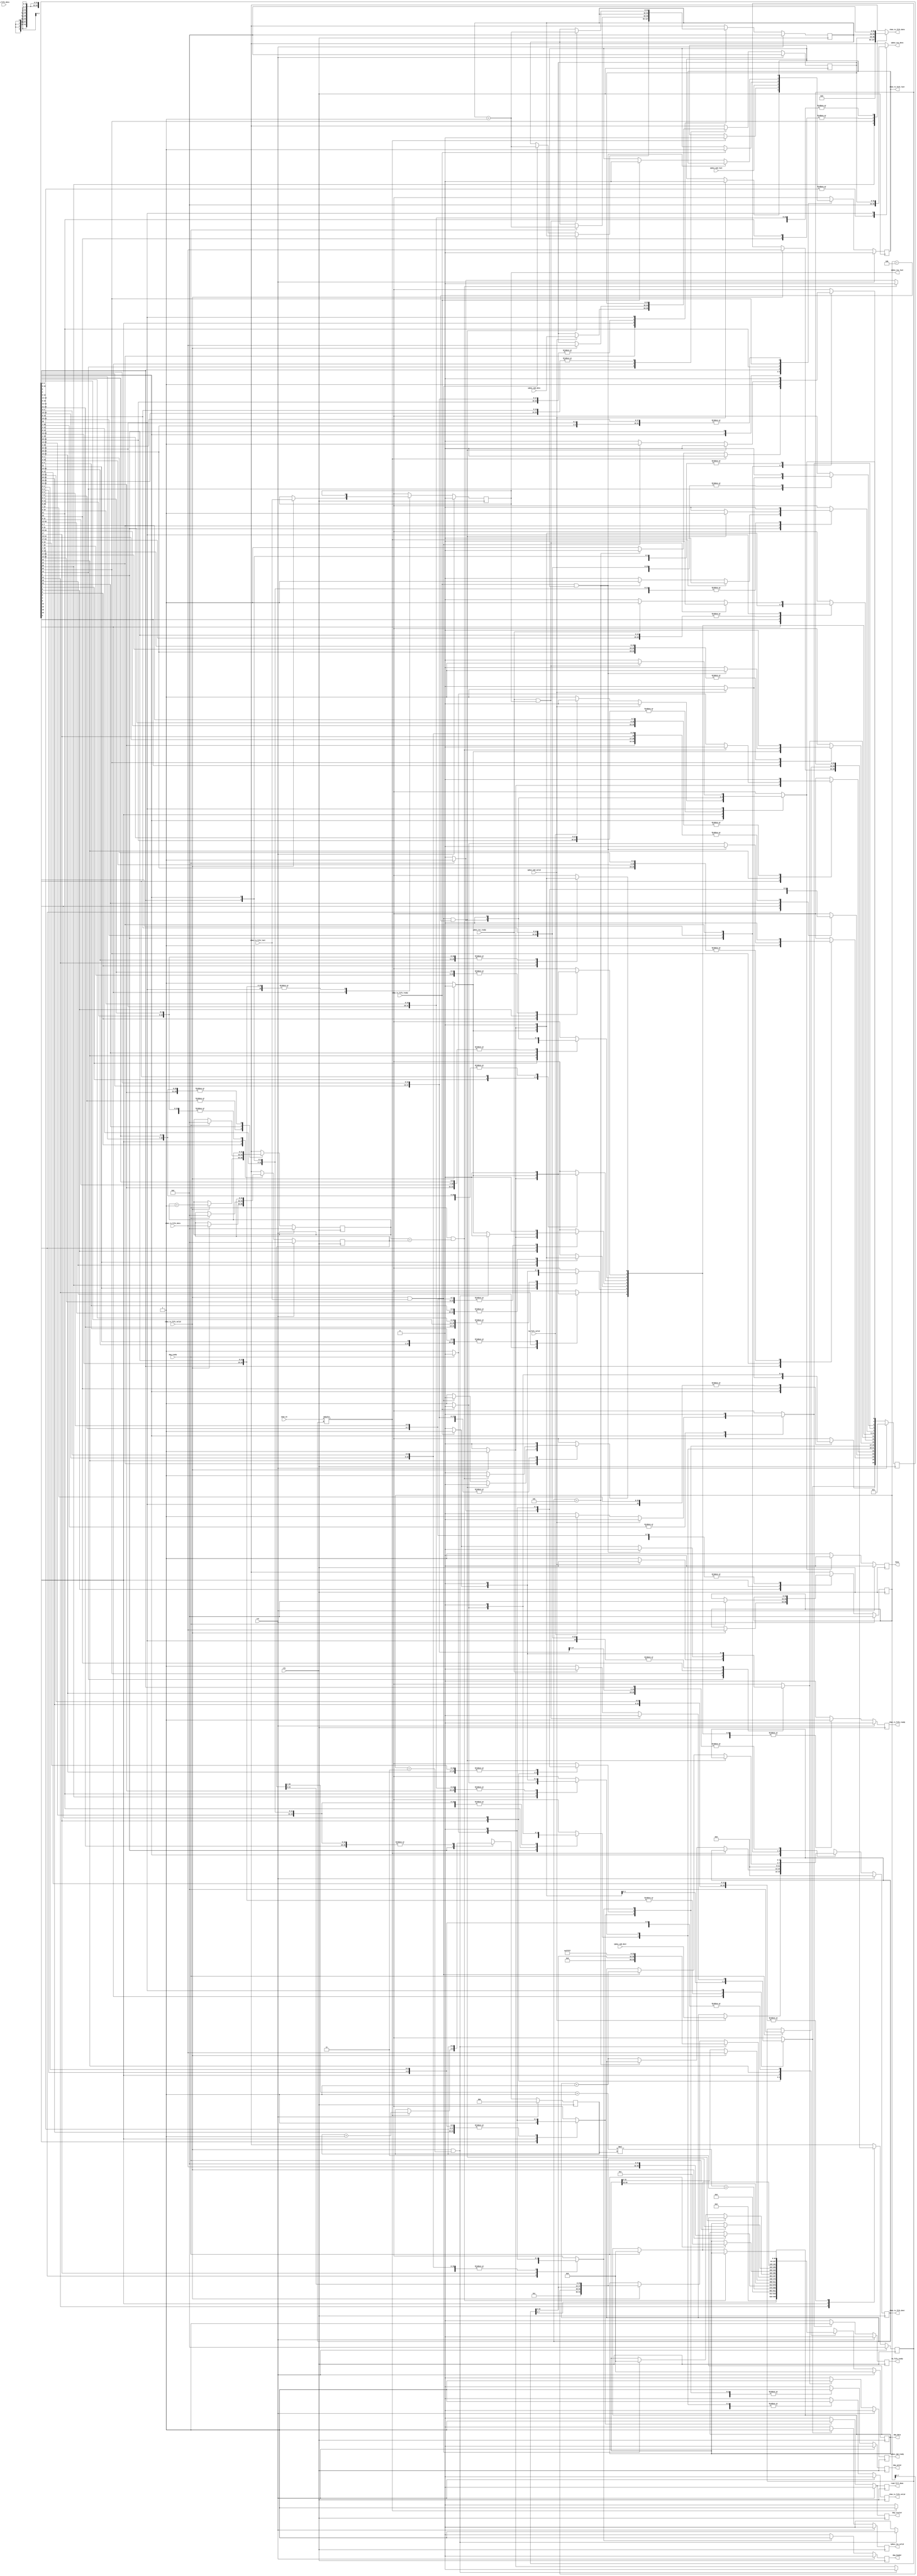
module commandManager (
  output reg busy,
  output reg chan_rx_fifo_ready,
  output reg [31:0] chan_tx_fifo_data,
  output reg [3:0] chan_tx_fifo_dest,
  output reg chan_tx_fifo_last,
  output reg chan_tx_fifo_valid,
  output reg [63:0] daq_data,
  output reg daq_header,
  output reg daq_trailer,
  output reg daq_valid,
  output reg ipbus_cmd_ready,
  output reg [31:0] ipbus_res_data,
  output reg ipbus_res_last,
  output reg ipbus_res_valid,
  output reg read_fill_done,
  output reg tm_fifo_ready,
  input wire [4:0] chan_en,
  input wire [31:0] chan_rx_fifo_data,
  input wire chan_rx_fifo_last,
  input wire chan_rx_fifo_valid,
  input wire chan_tx_fifo_ready,
  input wire clk,
  input wire daq_ready,
  input wire [31:0] ipbus_cmd_data,
  input wire [3:0] ipbus_cmd_dest,
  input wire ipbus_cmd_last,
  input wire ipbus_cmd_valid,
  input wire ipbus_res_ready,
  input wire rst,
  input wire [23:0] tm_fifo_data,
  input wire tm_fifo_valid 
);

  // state bits
  parameter 
  IDLE                      = 0, 
  CHECK_CHAN_EN             = 1, 
  CHECK_LAST                = 2, 
  GET_TRIG_NUM              = 3, 
  READY_AMC13_TRAILER       = 4, 
  READ_CHAN_BUF_SIZE        = 5, 
  READ_CHAN_CHAN_NUM        = 6, 
  READ_CHAN_DATA1           = 7, 
  READ_CHAN_DATA2           = 8, 
  READ_CHAN_POST_TRIG_COUNT = 9, 
  READ_CHAN_RC              = 10, 
  READ_CHAN_RSN             = 11, 
  READ_CHAN_TRIG_NUM        = 12, 
  READ_CHECKSUM             = 13, 
  READ_IPBUS_CMD            = 14, 
  READ_IPBUS_RES            = 15, 
  READ_IPBUS_RSN            = 16, 
  SEND_AMC13_HEADER1        = 17, 
  SEND_AMC13_HEADER2        = 18, 
  SEND_AMC13_TRAILER        = 19, 
  SEND_CHAN_CC              = 20, 
  SEND_CHAN_CSN             = 21, 
  SEND_CHAN_DATA            = 22, 
  SEND_CHAN_HEADER          = 23, 
  SEND_IPBUS_CMD            = 24, 
  SEND_IPBUS_CSN            = 25, 
  SEND_IPBUS_RES            = 26; 

  reg [26:0] state;
  reg [26:0] nextstate;
  reg [31:0] buf_size_buf;
  reg [31:0] chan_num_buf;
  reg [31:0] csn;
  reg [31:0] data_count;
  reg [31:0] ipbus_buf;
  reg [2:0] num_chan_en;
  reg [31:0] trig_num_buf;
  reg [31:0] next_buf_size_buf;
  reg [31:0] next_chan_num_buf;
  reg [3:0] next_chan_tx_fifo_dest;
  reg next_chan_tx_fifo_last;
  reg [31:0] next_csn;
  reg [63:0] next_daq_data;
  reg [31:0] next_data_count;
  reg [31:0] next_ipbus_buf;
  reg next_ipbus_res_last;
  reg [2:0] next_num_chan_en;
  reg [31:0] next_trig_num_buf;

  // comb always block
  always @* begin
    nextstate = 27'b000000000000000000000000000;
    chan_tx_fifo_data[31:0] = 0; // default
    ipbus_res_data[31:0] = 0; // default
    next_buf_size_buf[31:0] = buf_size_buf[31:0];
    next_chan_num_buf[31:0] = chan_num_buf[31:0];
    next_chan_tx_fifo_dest[3:0] = chan_tx_fifo_dest[3:0];
    next_chan_tx_fifo_last = chan_tx_fifo_last;
    next_csn[31:0] = csn[31:0];
    next_daq_data[63:0] = daq_data[63:0];
    next_data_count[31:0] = data_count[31:0];
    next_ipbus_buf[31:0] = ipbus_buf[31:0];
    next_ipbus_res_last = ipbus_res_last;
    next_num_chan_en[2:0] = num_chan_en[2:0];
    next_trig_num_buf[31:0] = trig_num_buf[31:0];
    case (1'b1) // synopsys parallel_case full_case
      state[IDLE]                     : begin
        if (ipbus_cmd_valid) begin
          nextstate[SEND_IPBUS_CSN] = 1'b1;
          next_chan_tx_fifo_last = 0;
          next_chan_tx_fifo_dest[3:0] = ipbus_cmd_dest[3:0];
        end
        else if (tm_fifo_valid) begin
          nextstate[GET_TRIG_NUM] = 1'b1;
        end
        else begin
          nextstate[IDLE] = 1'b1; // Added because implied_loopback is true
        end
      end
      state[CHECK_CHAN_EN]            : begin
        if (chan_en[chan_tx_fifo_dest] == 1) begin
          nextstate[SEND_CHAN_CSN] = 1'b1;
          next_chan_tx_fifo_last = 0;
          next_num_chan_en[2:0] = num_chan_en[2:0]+1;
        end
        else if (chan_tx_fifo_dest[3:0]==4'h5) begin
          nextstate[READY_AMC13_TRAILER] = 1'b1;
        end
        else begin
          nextstate[CHECK_CHAN_EN] = 1'b1;
          next_chan_tx_fifo_dest[3:0] = chan_tx_fifo_dest[3:0]+1;
        end
      end
      state[CHECK_LAST]               : begin
        begin
          nextstate[SEND_IPBUS_CMD] = 1'b1;
          next_chan_tx_fifo_last = ipbus_cmd_last;
        end
      end
      state[GET_TRIG_NUM]             : begin
        begin
          nextstate[CHECK_CHAN_EN] = 1'b1;
          next_chan_tx_fifo_dest[3:0] = 0;
        end
      end
      state[READY_AMC13_TRAILER]      : begin
        begin
          nextstate[SEND_AMC13_TRAILER] = 1'b1;
          next_daq_data[63:0] = {32'h00000000,{{trig_num_buf[7:0],4'h0},(buf_size_buf[20:1]+1)*num_chan_en+3}};
        end
      end
      state[READ_CHAN_BUF_SIZE]       : begin
        if (chan_rx_fifo_valid) begin
          nextstate[READ_CHAN_CHAN_NUM] = 1'b1;
          next_buf_size_buf[31:0] = chan_rx_fifo_data[31:0];
        end
        else begin
          nextstate[READ_CHAN_BUF_SIZE] = 1'b1; // Added because implied_loopback is true
        end
      end
      state[READ_CHAN_CHAN_NUM]       : begin
        if (chan_rx_fifo_valid) begin
          nextstate[READ_CHAN_POST_TRIG_COUNT] = 1'b1;
          next_chan_num_buf[31:0] = chan_rx_fifo_data[31:0];
        end
        else begin
          nextstate[READ_CHAN_CHAN_NUM] = 1'b1; // Added because implied_loopback is true
        end
      end
      state[READ_CHAN_DATA1]          : begin
        if (chan_rx_fifo_valid) begin
          nextstate[READ_CHAN_DATA2] = 1'b1;
          next_daq_data[63:0] = {chan_rx_fifo_data[31:0],32'h00000000};
          next_data_count[31:0] = data_count[31:0]+1;
        end
        else begin
          nextstate[READ_CHAN_DATA1] = 1'b1; // Added because implied_loopback is true
        end
      end
      state[READ_CHAN_DATA2]          : begin
        if (chan_rx_fifo_valid) begin
          nextstate[SEND_CHAN_DATA] = 1'b1;
          next_daq_data[63:0] = {daq_data[63:32],chan_rx_fifo_data[31:0]};
          next_data_count[31:0] = data_count[31:0]+1;
        end
        else begin
          nextstate[READ_CHAN_DATA2] = 1'b1; // Added because implied_loopback is true
        end
      end
      state[READ_CHAN_POST_TRIG_COUNT]: begin
        if (chan_rx_fifo_valid && chan_num_buf[31:0] == 32'h3) begin
          nextstate[SEND_AMC13_HEADER1] = 1'b1;
          next_daq_data[63:0] = {{8'h00,trig_num_buf[23:0]},{12'h000,20'b11111111111111111111}};
        end
        else if (chan_rx_fifo_valid) begin
          nextstate[SEND_CHAN_HEADER] = 1'b1;
          next_daq_data[63:0] = {{8'h01,chan_num_buf[7:0]},{trig_num_buf[23:0],buf_size_buf[23:0]}};
        end
        else begin
          nextstate[READ_CHAN_POST_TRIG_COUNT] = 1'b1; // Added because implied_loopback is true
        end
      end
      state[READ_CHAN_RC]             : begin
        if (chan_rx_fifo_valid) begin
          nextstate[READ_CHAN_TRIG_NUM] = 1'b1;
        end
        else begin
          nextstate[READ_CHAN_RC] = 1'b1; // Added because implied_loopback is true
        end
      end
      state[READ_CHAN_RSN]            : begin
        if (chan_rx_fifo_valid) begin
          nextstate[READ_CHAN_RC] = 1'b1;
        end
        else begin
          nextstate[READ_CHAN_RSN] = 1'b1; // Added because implied_loopback is true
        end
      end
      state[READ_CHAN_TRIG_NUM]       : begin
        if (chan_rx_fifo_valid) begin
          nextstate[READ_CHAN_BUF_SIZE] = 1'b1;
          next_trig_num_buf[31:0] = chan_rx_fifo_data[31:0];
        end
        else begin
          nextstate[READ_CHAN_TRIG_NUM] = 1'b1; // Added because implied_loopback is true
        end
      end
      state[READ_CHECKSUM]            : begin
        if (chan_rx_fifo_valid && chan_rx_fifo_last && chan_num_buf[31:0]==32'h4) begin
          nextstate[READY_AMC13_TRAILER] = 1'b1;
        end
        else if (chan_rx_fifo_valid && chan_rx_fifo_last) begin
          nextstate[CHECK_CHAN_EN] = 1'b1;
          next_daq_data[63:0] = 0;
          next_chan_tx_fifo_dest[3:0] = chan_tx_fifo_dest[3:0]+1;
          next_csn[31:0] = csn[31:0]+1;
        end
        else begin
          nextstate[READ_CHECKSUM] = 1'b1; // Added because implied_loopback is true
        end
      end
      state[READ_IPBUS_CMD]           : begin
        if (ipbus_cmd_valid) begin
          nextstate[CHECK_LAST] = 1'b1;
          next_ipbus_buf[31:0] = ipbus_cmd_data[31:0];
        end
        else begin
          nextstate[READ_IPBUS_CMD] = 1'b1; // Added because implied_loopback is true
        end
      end
      state[READ_IPBUS_RES]           : begin
        if (chan_rx_fifo_valid) begin
          nextstate[SEND_IPBUS_RES] = 1'b1;
          next_ipbus_res_last = chan_rx_fifo_last;
          next_ipbus_buf[31:0] = chan_rx_fifo_data[31:0];
        end
        else begin
          nextstate[READ_IPBUS_RES] = 1'b1; // Added because implied_loopback is true
        end
      end
      state[READ_IPBUS_RSN]           : begin
        if (chan_rx_fifo_valid) begin
          nextstate[READ_IPBUS_RES] = 1'b1;
        end
        else begin
          nextstate[READ_IPBUS_RSN] = 1'b1; // Added because implied_loopback is true
        end
      end
      state[SEND_AMC13_HEADER1]       : begin
        if (daq_ready) begin
          nextstate[SEND_AMC13_HEADER2] = 1'b1;
          next_daq_data[63:0] = 64'h0000000000000001;
        end
        else begin
          nextstate[SEND_AMC13_HEADER1] = 1'b1; // Added because implied_loopback is true
        end
      end
      state[SEND_AMC13_HEADER2]       : begin
        if (daq_ready) begin
          nextstate[SEND_CHAN_HEADER] = 1'b1;
          next_daq_data[63:0] = {{8'h01,chan_num_buf[7:0]},{trig_num_buf[23:0],buf_size_buf[23:0]}};
        end
        else begin
          nextstate[SEND_AMC13_HEADER2] = 1'b1; // Added because implied_loopback is true
        end
      end
      state[SEND_AMC13_TRAILER]       : begin
        if (daq_ready) begin
          nextstate[IDLE] = 1'b1;
          next_daq_data[63:0] = 0;
          next_chan_num_buf[31:0] = 0;
          next_csn[31:0] = csn[31:0]+1;
          next_buf_size_buf[31:0] = 0;
          next_trig_num_buf[31:0] = 0;
        end
        else begin
          nextstate[SEND_AMC13_TRAILER] = 1'b1; // Added because implied_loopback is true
        end
      end
      state[SEND_CHAN_CC]             : begin
        chan_tx_fifo_data[31:0] = 32'h8;
        if (chan_tx_fifo_ready) begin
          nextstate[READ_CHAN_RSN] = 1'b1;
        end
        else begin
          nextstate[SEND_CHAN_CC] = 1'b1; // Added because implied_loopback is true
        end
      end
      state[SEND_CHAN_CSN]            : begin
        chan_tx_fifo_data[31:0] = csn[31:0];
        if (chan_tx_fifo_ready) begin
          nextstate[SEND_CHAN_CC] = 1'b1;
          next_chan_tx_fifo_last = 1;
        end
        else begin
          nextstate[SEND_CHAN_CSN] = 1'b1; // Added because implied_loopback is true
        end
      end
      state[SEND_CHAN_DATA]           : begin
        if (daq_ready && data_count[31:0] == buf_size_buf[31:0]) begin
          nextstate[READ_CHECKSUM] = 1'b1;
        end
        else if (daq_ready) begin
          nextstate[READ_CHAN_DATA1] = 1'b1;
          next_daq_data[63:0] = 0;
        end
        else begin
          nextstate[SEND_CHAN_DATA] = 1'b1; // Added because implied_loopback is true
        end
      end
      state[SEND_CHAN_HEADER]         : begin
        if (daq_ready) begin
          nextstate[READ_CHAN_DATA1] = 1'b1;
          next_data_count[31:0] = 0;
        end
        else begin
          nextstate[SEND_CHAN_HEADER] = 1'b1; // Added because implied_loopback is true
        end
      end
      state[SEND_IPBUS_CMD]           : begin
        chan_tx_fifo_data[31:0] = ipbus_buf[31:0];
        if (chan_tx_fifo_ready && chan_tx_fifo_last) begin
          nextstate[READ_IPBUS_RSN] = 1'b1;
        end
        else if (chan_tx_fifo_ready) begin
          nextstate[READ_IPBUS_CMD] = 1'b1;
          next_chan_tx_fifo_last = 0;
        end
        else begin
          nextstate[SEND_IPBUS_CMD] = 1'b1; // Added because implied_loopback is true
        end
      end
      state[SEND_IPBUS_CSN]           : begin
        chan_tx_fifo_data[31:0] = csn[31:0];
        if (chan_tx_fifo_ready) begin
          nextstate[READ_IPBUS_CMD] = 1'b1;
        end
        else begin
          nextstate[SEND_IPBUS_CSN] = 1'b1; // Added because implied_loopback is true
        end
      end
      state[SEND_IPBUS_RES]           : begin
        ipbus_res_data[31:0] = ipbus_buf[31:0];
        if (ipbus_res_ready && ipbus_res_last) begin
          nextstate[IDLE] = 1'b1;
          next_csn[31:0] = csn[31:0]+1;
        end
        else if (ipbus_res_ready) begin
          nextstate[READ_IPBUS_RES] = 1'b1;
        end
        else begin
          nextstate[SEND_IPBUS_RES] = 1'b1; // Added because implied_loopback is true
        end
      end
    endcase
  end

  // sequential always block
  always @(posedge clk) begin
    if (rst) begin
      state <= 27'b000000000000000000000000001 << IDLE;
      buf_size_buf[31:0] <= 0;
      chan_num_buf[31:0] <= 0;
      chan_tx_fifo_dest[3:0] <= 0;
      chan_tx_fifo_last <= 0;
      csn[31:0] <= 0;
      daq_data[63:0] <= 0;
      data_count[31:0] <= 0;
      ipbus_buf[31:0] <= 0;
      ipbus_res_last <= 0;
      num_chan_en[2:0] <= 0;
      trig_num_buf[31:0] <= 0;
      end
    else begin
      state <= nextstate;
      buf_size_buf[31:0] <= next_buf_size_buf[31:0];
      chan_num_buf[31:0] <= next_chan_num_buf[31:0];
      chan_tx_fifo_dest[3:0] <= next_chan_tx_fifo_dest[3:0];
      chan_tx_fifo_last <= next_chan_tx_fifo_last;
      csn[31:0] <= next_csn[31:0];
      daq_data[63:0] <= next_daq_data[63:0];
      data_count[31:0] <= next_data_count[31:0];
      ipbus_buf[31:0] <= next_ipbus_buf[31:0];
      ipbus_res_last <= next_ipbus_res_last;
      num_chan_en[2:0] <= next_num_chan_en[2:0];
      trig_num_buf[31:0] <= next_trig_num_buf[31:0];
      end
  end

  // datapath sequential always block
  always @(posedge clk) begin
    if (rst) begin
      busy <= 0;
      chan_rx_fifo_ready <= 0;
      chan_tx_fifo_valid <= 0;
      daq_header <= 0;
      daq_trailer <= 0;
      daq_valid <= 0;
      ipbus_cmd_ready <= 0;
      ipbus_res_valid <= 0;
      read_fill_done <= 0;
      tm_fifo_ready <= 0;
    end
    else begin
      busy <= 1; // default
      chan_rx_fifo_ready <= 0; // default
      chan_tx_fifo_valid <= 0; // default
      daq_header <= 0; // default
      daq_trailer <= 0; // default
      daq_valid <= 0; // default
      ipbus_cmd_ready <= 0; // default
      ipbus_res_valid <= 0; // default
      read_fill_done <= 0; // default
      tm_fifo_ready <= 0; // default
      case (1'b1) // synopsys parallel_case full_case
        nextstate[IDLE]                     : begin
          busy <= 0;
        end
        nextstate[CHECK_CHAN_EN]            : begin
          ; // case must be complete for onehot
        end
        nextstate[CHECK_LAST]               : begin
          ; // case must be complete for onehot
        end
        nextstate[GET_TRIG_NUM]             : begin
          tm_fifo_ready <= 1;
        end
        nextstate[READY_AMC13_TRAILER]      : begin
          ; // case must be complete for onehot
        end
        nextstate[READ_CHAN_BUF_SIZE]       : begin
          chan_rx_fifo_ready <= 1;
        end
        nextstate[READ_CHAN_CHAN_NUM]       : begin
          chan_rx_fifo_ready <= 1;
        end
        nextstate[READ_CHAN_DATA1]          : begin
          chan_rx_fifo_ready <= 1;
        end
        nextstate[READ_CHAN_DATA2]          : begin
          chan_rx_fifo_ready <= 1;
        end
        nextstate[READ_CHAN_POST_TRIG_COUNT]: begin
          chan_rx_fifo_ready <= 1;
        end
        nextstate[READ_CHAN_RC]             : begin
          chan_rx_fifo_ready <= 1;
        end
        nextstate[READ_CHAN_RSN]            : begin
          chan_rx_fifo_ready <= 1;
        end
        nextstate[READ_CHAN_TRIG_NUM]       : begin
          chan_rx_fifo_ready <= 1;
        end
        nextstate[READ_CHECKSUM]            : begin
          chan_rx_fifo_ready <= 1;
        end
        nextstate[READ_IPBUS_CMD]           : begin
          ipbus_cmd_ready <= 1;
        end
        nextstate[READ_IPBUS_RES]           : begin
          chan_rx_fifo_ready <= 1;
        end
        nextstate[READ_IPBUS_RSN]           : begin
          chan_rx_fifo_ready <= 1;
        end
        nextstate[SEND_AMC13_HEADER1]       : begin
          daq_header <= 1;
          daq_valid <= 1;
        end
        nextstate[SEND_AMC13_HEADER2]       : begin
          daq_valid <= 1;
        end
        nextstate[SEND_AMC13_TRAILER]       : begin
          daq_trailer <= 1;
          daq_valid <= 1;
          read_fill_done <= 1;
        end
        nextstate[SEND_CHAN_CC]             : begin
          chan_tx_fifo_valid <= 1;
        end
        nextstate[SEND_CHAN_CSN]            : begin
          chan_tx_fifo_valid <= 1;
        end
        nextstate[SEND_CHAN_DATA]           : begin
          daq_valid <= 1;
        end
        nextstate[SEND_CHAN_HEADER]         : begin
          daq_valid <= 1;
        end
        nextstate[SEND_IPBUS_CMD]           : begin
          chan_tx_fifo_valid <= 1;
        end
        nextstate[SEND_IPBUS_CSN]           : begin
          chan_tx_fifo_valid <= 1;
        end
        nextstate[SEND_IPBUS_RES]           : begin
          ipbus_res_valid <= 1;
        end
      endcase
    end
  end

  // This code allows you to see state names in simulation
  `ifndef SYNTHESIS
  reg [199:0] statename;
  always @* begin
    case (1'b1)
      state[IDLE]                     :
        statename = "IDLE";
      state[CHECK_CHAN_EN]            :
        statename = "CHECK_CHAN_EN";
      state[CHECK_LAST]               :
        statename = "CHECK_LAST";
      state[GET_TRIG_NUM]             :
        statename = "GET_TRIG_NUM";
      state[READY_AMC13_TRAILER]      :
        statename = "READY_AMC13_TRAILER";
      state[READ_CHAN_BUF_SIZE]       :
        statename = "READ_CHAN_BUF_SIZE";
      state[READ_CHAN_CHAN_NUM]       :
        statename = "READ_CHAN_CHAN_NUM";
      state[READ_CHAN_DATA1]          :
        statename = "READ_CHAN_DATA1";
      state[READ_CHAN_DATA2]          :
        statename = "READ_CHAN_DATA2";
      state[READ_CHAN_POST_TRIG_COUNT]:
        statename = "READ_CHAN_POST_TRIG_COUNT";
      state[READ_CHAN_RC]             :
        statename = "READ_CHAN_RC";
      state[READ_CHAN_RSN]            :
        statename = "READ_CHAN_RSN";
      state[READ_CHAN_TRIG_NUM]       :
        statename = "READ_CHAN_TRIG_NUM";
      state[READ_CHECKSUM]            :
        statename = "READ_CHECKSUM";
      state[READ_IPBUS_CMD]           :
        statename = "READ_IPBUS_CMD";
      state[READ_IPBUS_RES]           :
        statename = "READ_IPBUS_RES";
      state[READ_IPBUS_RSN]           :
        statename = "READ_IPBUS_RSN";
      state[SEND_AMC13_HEADER1]       :
        statename = "SEND_AMC13_HEADER1";
      state[SEND_AMC13_HEADER2]       :
        statename = "SEND_AMC13_HEADER2";
      state[SEND_AMC13_TRAILER]       :
        statename = "SEND_AMC13_TRAILER";
      state[SEND_CHAN_CC]             :
        statename = "SEND_CHAN_CC";
      state[SEND_CHAN_CSN]            :
        statename = "SEND_CHAN_CSN";
      state[SEND_CHAN_DATA]           :
        statename = "SEND_CHAN_DATA";
      state[SEND_CHAN_HEADER]         :
        statename = "SEND_CHAN_HEADER";
      state[SEND_IPBUS_CMD]           :
        statename = "SEND_IPBUS_CMD";
      state[SEND_IPBUS_CSN]           :
        statename = "SEND_IPBUS_CSN";
      state[SEND_IPBUS_RES]           :
        statename = "SEND_IPBUS_RES";
      default                  :
        statename = "XXXXXXXXXXXXXXXXXXXXXXXXX";
    endcase
  end
  `endif

endmodule